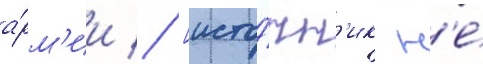
а́рм'ии // [исто́чн'ик н'е́